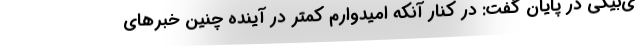
ی‌بیگی در پایان گفت: در کنار آنکه امیدوارم کمتر در آینده چنین خبرهای